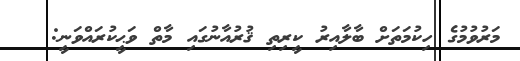
މަރުވުމުގެ ހިކުމަތަށް ބާލާއިރު ކީރިތި ޤުރުއާނުގައި މާތް ވަޙީކުރައްވަނީ: